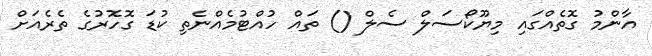
އާންމު ގޮތެއްގައި މިޔޫކޯސަލް ސެލް () ތައް ހުއްޓުމެއްނެތި ކުޑަ ގޮހޮރުގެ ތެރެއަށް